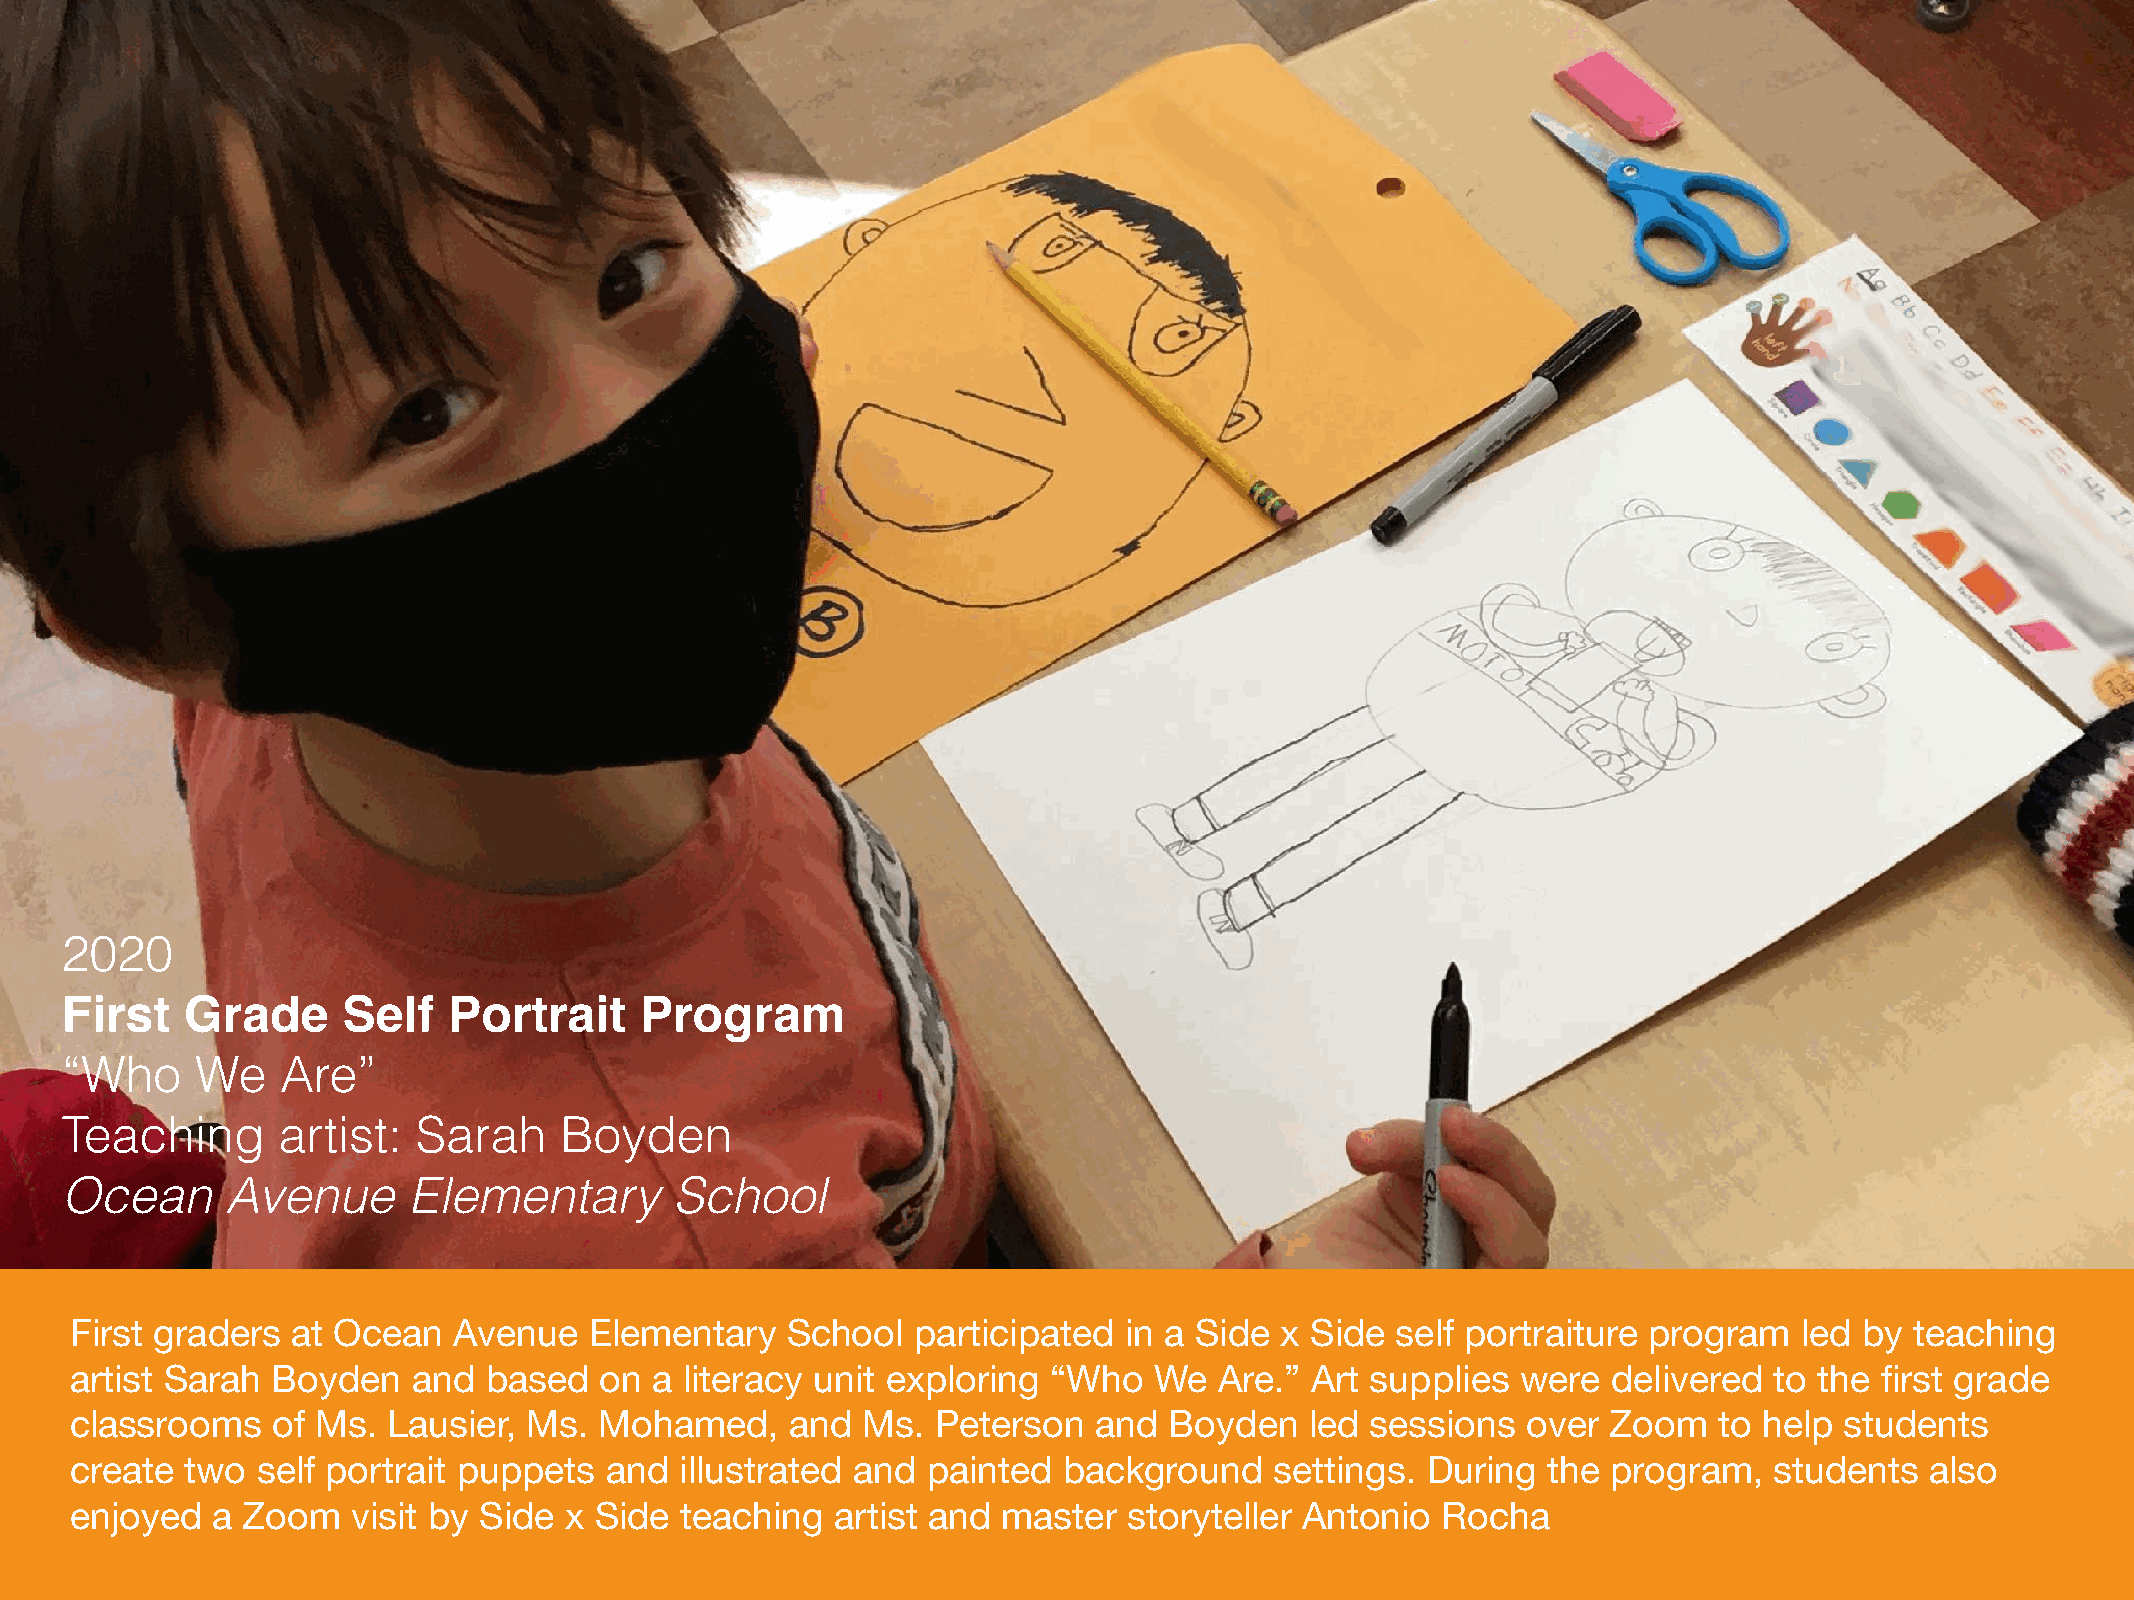
2020
 First   Grade      Self   Portrait    Program
 “Who     We    Are”
 Teaching      artist:   Sarah    Boyden
 Ocean      Avenue      Elementary        School
 First graders at Ocean   Avenue   Elementary   School   participated in a Side  x Side self portraiture program   led by  teaching
 artist Sarah Boyden   and  based   on a literacy unit exploring  “Who  We   Are.” Art supplies  were  delivered to the first grade
 classrooms   of Ms.  Lausier, Ms.  Mohamed,    and  Ms.  Peterson   and Boyden    led sessions  over  Zoom   to help students
 create two  self portrait puppets  and  illustrated and painted  background    settings. During  the  program,  students   also
 enjoyed  a Zoom   visit by Side x Side  teaching  artist and master   storyteller Antonio Rocha